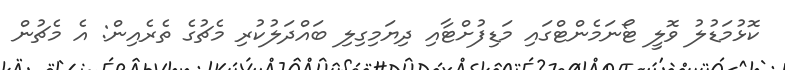
ކޮޅުމަޑުލު ވޮލީ ޓޯނަމެންޓްގައި މަޑިފުށްޓާއި ދިޔަމިގިލި ބައްދަލުކުރި މެޗުގެ ތެރެއިން: އެ މެޗުން